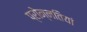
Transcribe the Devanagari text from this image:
प्रोन्नतियां